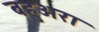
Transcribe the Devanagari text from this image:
बहुअरा